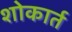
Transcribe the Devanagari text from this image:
शोकार्त